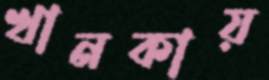
খানকায়